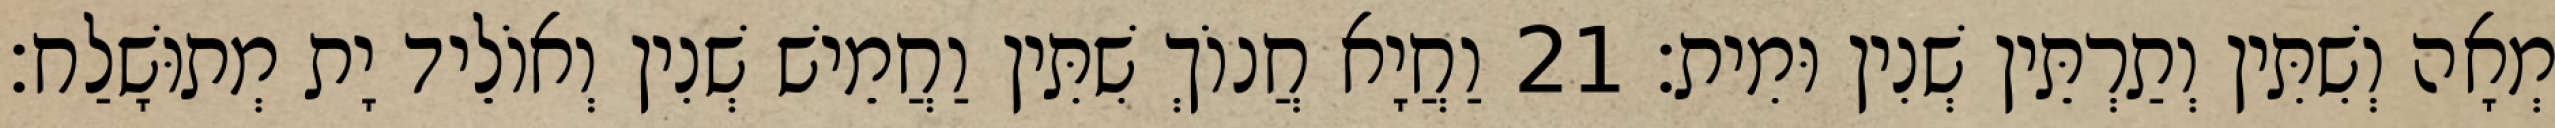
מְאָה וְשִׁתִּין וְתַרְתֵּין שְׁנִין וּמִית׃ 21 וַחֲיָא חֲנוֹךְ שִׁתִּין וַחֲמֵישׁ שְׁנִין וְאוֹלֵיד יָת מְתוּשָׁלַח׃